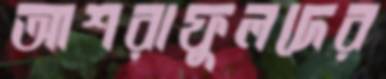
আশরাফুলদের